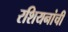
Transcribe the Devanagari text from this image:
रशियनांची